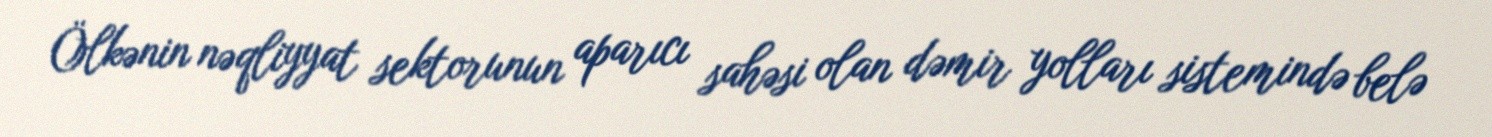
Ölkənin nəqliyyat sektorunun aparıcı sahəsi olan dəmir yolları sistemində belə